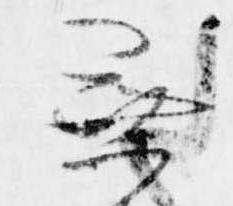
無